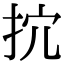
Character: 抭